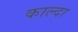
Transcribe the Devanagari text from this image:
काल्दा